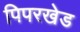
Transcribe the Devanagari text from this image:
पिपरखेड